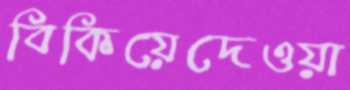
বিকিয়েদেওয়া